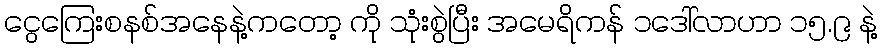
ငွေကြေးစနစ်အနေနဲ့ကတော့ ကို သုံးစွဲပြီး အမေရိကန် ၁ဒေါ်လာဟာ ၁၅.၉ နဲ့